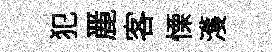
犯䴡客慄濩